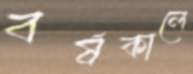
বর্ষকালে